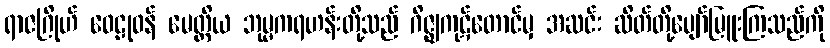
ရာဇဂြိုဟ် ဝေဠုဝန် မေတ္တိယ ဘုမ္မကရဟန်းတို့သည် ဂိဇ္ဈကုဋ်တောင်မှ အဆင်း ဆိတ်တို့ပျော်မြူးကြသည်ကို